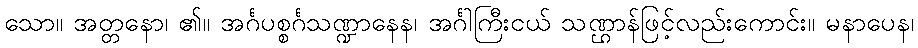
သော။ အတ္တနော၊ ၏။ အင်္ဂပစ္စင်္ဂသဏ္ဍာနေန၊ အင်္ဂါကြီးငယ် သဏ္ဌာန်ဖြင့်လည်းကောင်း။ မနာပေန၊